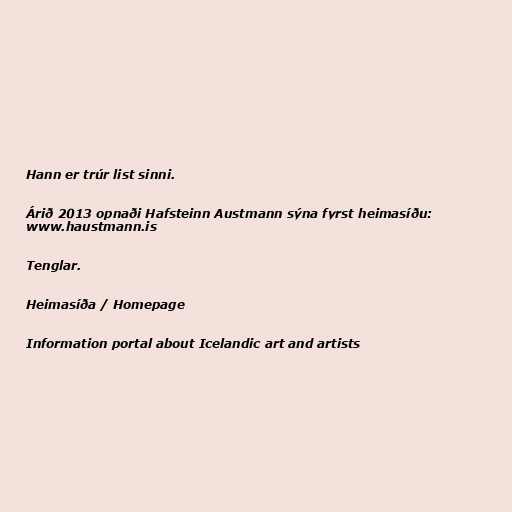
Hann er trúr list sinni.

Árið 2013 opnaði Hafsteinn Austmann sýna fyrst heimasíðu:
www.haustmann.is

Tenglar.

Heimasíða / Homepage

Information portal about Icelandic art and artists